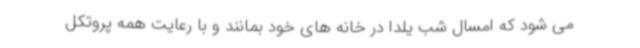
می شود که امسال شب یلدا در خانه های خود بمانند و با رعایت همه پروتکل